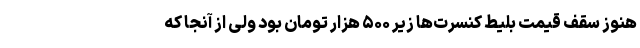
هنوز سقف قیمت بلیط کنسرت‌ها زیر ۵۰۰ هزار تومان بود ولی از آنجا که